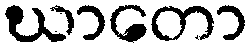
ဃာတော